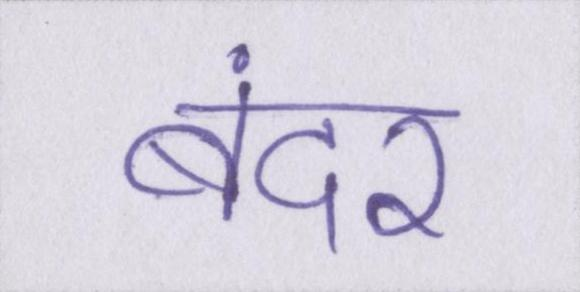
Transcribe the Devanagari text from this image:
बंदर